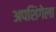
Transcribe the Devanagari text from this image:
अपशिंगेला